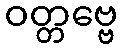
ဝတ္တဗ္ဗေ